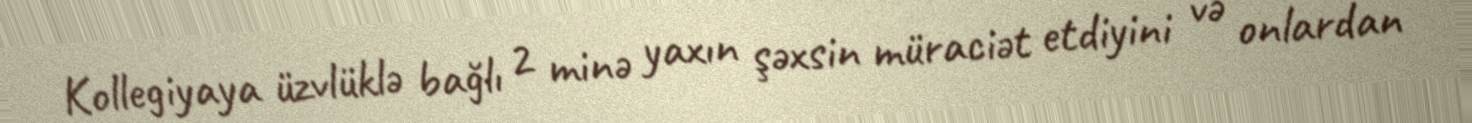
Kollegiyaya üzvlüklə bağlı 2 minə yaxın şəxsin müraciət etdiyini və onlardan